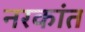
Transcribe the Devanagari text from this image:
नरकांत